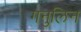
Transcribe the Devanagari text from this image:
गनुलिन